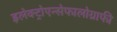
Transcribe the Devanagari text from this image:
इलेक्ट्रोएन्सेफालोग्राफी